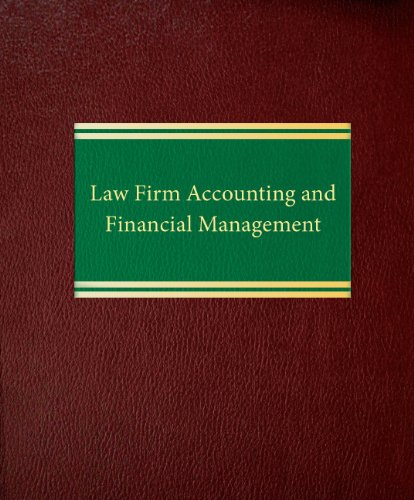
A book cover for Law Firm Accounting and Financial Management (Law Office Management); John P. Quinn; Law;